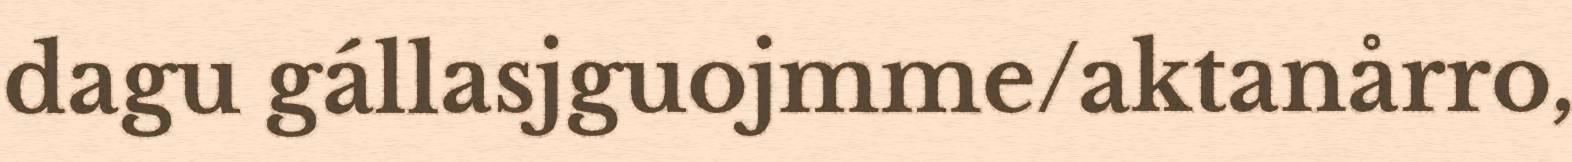
dagu gállasjguojmme/aktanårro,